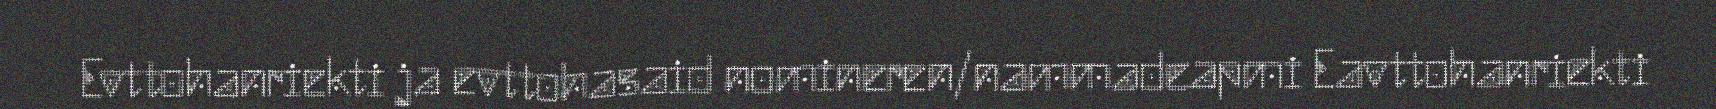
Evttohanriekti ja evttohasaid nomineren/nammadeapmi Eavttohanriekti